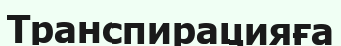
Транспирацияға